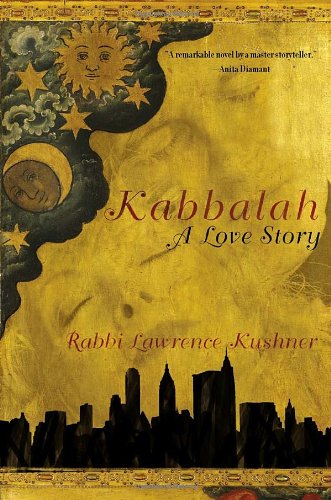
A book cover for Kabbalah: A Love Story; Rabbi Lawrence Kushner; Literature & Fiction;